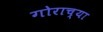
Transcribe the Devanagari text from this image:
गोराच्या